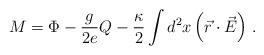
LaTeX: \begin{align*}M = \Phi - {g \over 2 e } Q - {\kappa \over 2 } \int d^2 x \left( \vec r \cdot \vec E \right)\, .\end{align*}